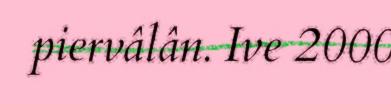
piervâlân. Ive 2000